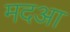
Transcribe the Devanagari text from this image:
मदआ